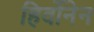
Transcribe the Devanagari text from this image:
हिर्वोनेन